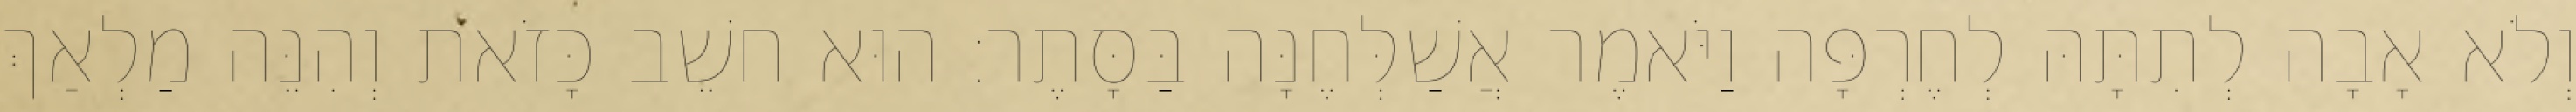
וְלֹא אָבָה לְתִתָּהּ לְחֶרְפָּה וַיֹּאמֶר אֲשַׁלְּחֶנָּה בַּסָּתֶר׃ הוּא חשֵׁב כָּזֹאת וְהִנֵּה מַלְאַךְ